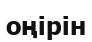
оңірін